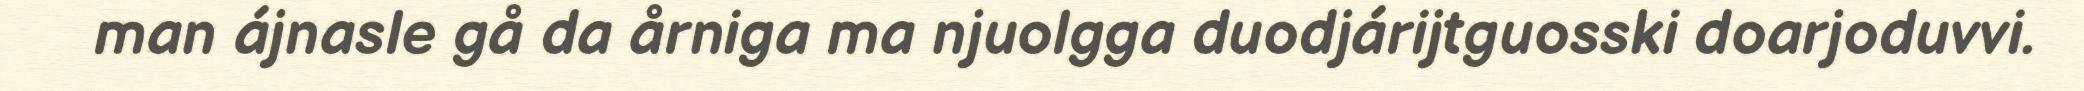
man ájnasle gå da årniga ma njuolgga duodjárijtguosski doarjoduvvi.